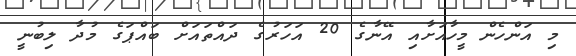
މި އަންހެން މީހާއަށާއި އޭނާގެ 20 އަހަރުގެ ދައްތައަށް ބައްޕަގެ މުދާ ލިބުނީ